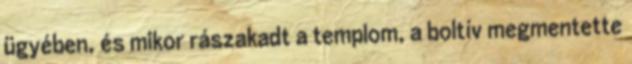
ügyében, és mikor rászakadt a templom, a boltív megmentette